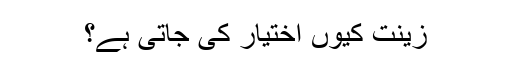
زینت کیوں اختیار کی جاتی ہے؟